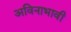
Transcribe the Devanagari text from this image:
अविनाभावी